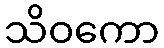
သိဝကော